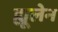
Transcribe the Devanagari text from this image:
ह्यूलेन